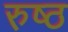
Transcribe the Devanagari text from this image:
रुष्ठ